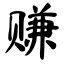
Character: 赚